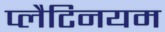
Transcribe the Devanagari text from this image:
प्लैटिनयम